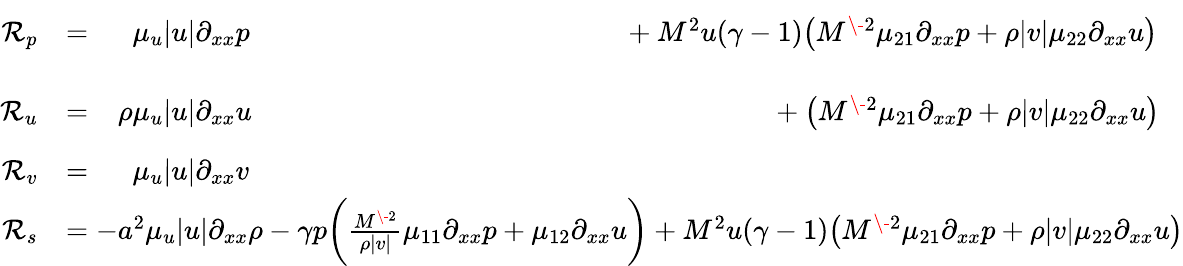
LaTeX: \begin{array}{rl}{\mathcal{R}_{p}}&{=\phantom{-\rho}\mu_{u}|u|\partial_{xx}p\phantom{-\gamma p\bigg(\frac{M^{\- 2}}{\rho|v|}\mu_{11}\partial_{xx}p+\mu_{12}\partial_{xx}u\bigg)}+M^{2}u(\gamma-1)\big(M^{\- 2}\mu_{21}\partial_{xx}p+\rho|v|\mu_{22}\partial_{xx}u\big)}\\ {\mathcal{R}_{u}}&{=\phantom{-}\rho\mu_{u}|u|\partial_{xx}u\phantom{-\gamma p\bigg(\frac{M^{\- 2}}{\rho|v|}\mu_{11}\partial_{xx}p+\mu_{12}\partial_{xx}u\bigg)}\phantom{M^{2}(\gamma-1)u}+\big(M^{\- 2}\mu_{21}\partial_{xx}p+\rho|v|\mu_{22}\partial_{xx}u\big)}\\ {\mathcal{R}_{v}}&{=\phantom{-\rho}\mu_{u}|u|\partial_{xx}v}\\ {\mathcal{R}_{s}}&{=-a^{2}\mu_{u}|u|\partial_{xx}\rho-\gamma p\bigg(\frac{M^{\- 2}}{\rho|v|}\mu_{11}\partial_{xx}p+\mu_{12}\partial_{xx}u\bigg)+M^{2}u(\gamma-1)\big(M^{\- 2}\mu_{21}\partial_{xx}p+\rho|v|\mu_{22}\partial_{xx}u\big)}\end{array}